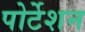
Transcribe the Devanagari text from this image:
पोर्टेशन